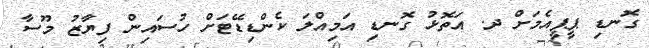
ގޮނޑި ޕީޕީއެމަށް ދ. އަތޮޅު ގޮނޑި އަމިއްލަ ކެންޑިޑޭޓަށް ހުސައިން ފިޔާޒު މޫސާ